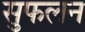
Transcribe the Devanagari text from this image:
सुफलन